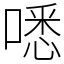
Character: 㗭